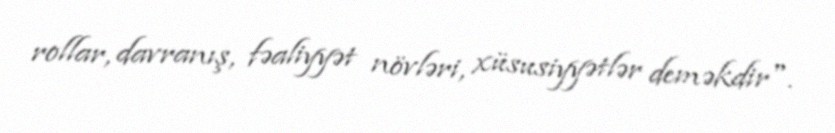
rollar, davranış, fəaliyyət növləri, xüsusiyyətlər deməkdir".